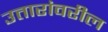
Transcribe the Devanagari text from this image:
उतारांवरील